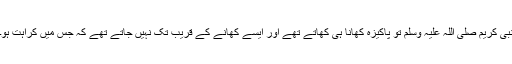
نبی کریم صلی اللہ علیہ وسلم تو پاکیزہ کھانا ہی کھاتے تھے اور ایسے کھانے کے قریب تک نہیں جاتے تھے کہ جس میں کراہت ہو۔